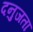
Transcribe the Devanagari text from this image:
दनुजता